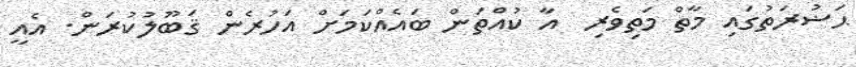
ޙަޟުރަތުގައި މާތް މަތިވެރި  އާ ކުއްތަން ބައެއްކަމަށް އަހުރެން ޤަބޫލުކުރަން. އެއީ